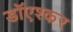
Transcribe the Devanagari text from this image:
डाॅएश्कर